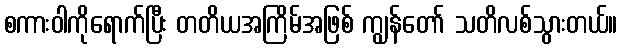
စကားဝါကိုရောက်ပြီး တတိယအကြိမ်အဖြစ် ကျွန်တော် သတိလစ်သွားတယ်။